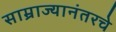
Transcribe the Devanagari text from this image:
साम्राज्यानंतरचे